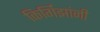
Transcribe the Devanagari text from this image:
किर्गिझांनी